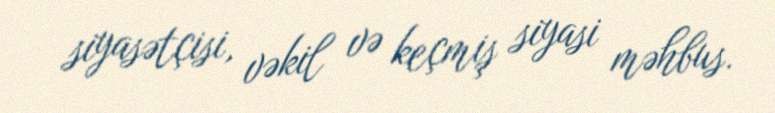
siyasətçisi, vəkil və keçmiş siyasi məhbus.